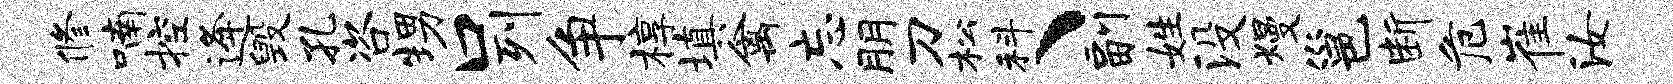
修喃控逄毁孔咨甥口列争椁填禽忘朋刀松科、副姓没熳邕断危崔汝